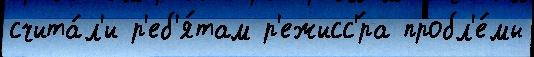
счита́л'и р'еб'я́там р'ежисс'́ра пробл'е́мы